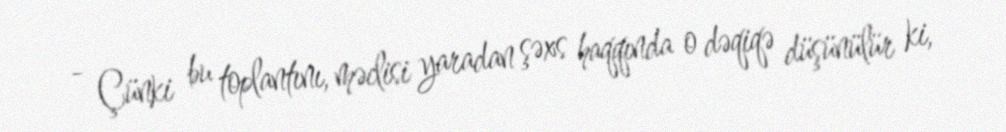
- Çünki bu toplantını, məclisi yaradan şəxs haqqında o dəqiqə düşünülür ki,